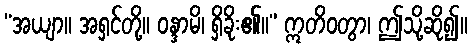
“အယျာ။ အရှင်တို့။ ဝန္ဒာမိ၊ ရှိခိုး၏။” ဣတိဝတွာ၊ ဤသို့ဆို၍။